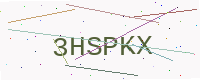
Text: 3HSPKX